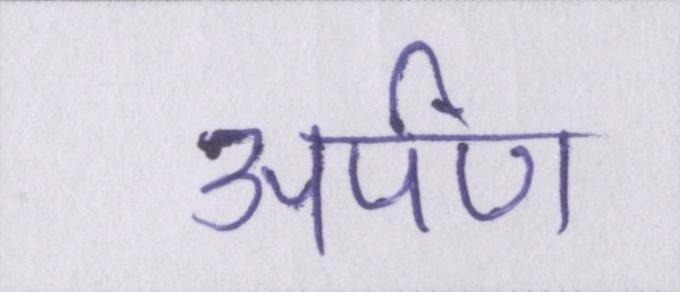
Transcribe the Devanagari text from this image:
अर्पण